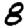
Digit: 8